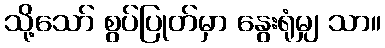
သို့သော် စွပ်ပြုတ်မှာ နွေးရုံမျှ သာ။